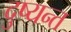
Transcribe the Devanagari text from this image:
दु्ष्यन्त